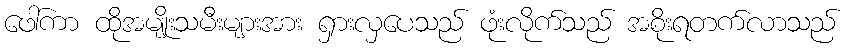
ဖေါ်ကာ ထိုအမျိုးသမီးများအား ရှားလှပေသည် ဖုံးလိုက်သည် အစိုးရတက်လာသည်